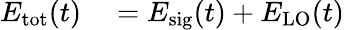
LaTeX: \begin{array}{rl}{E_{\mathrm{{tot}}}(t)}&{{}=E_{\mathrm{{sig}}}(t)+E_{\mathrm{{LO}}}(t)}\end{array}